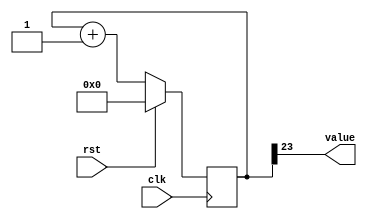
/*
   This file was generated automatically by Alchitry Labs version 1.2.0.
   Do not edit this file directly. Instead edit the original Lucid source.
   This is a temporary file and any changes made to it will be destroyed.
*/

/*
   Parameters:
     SIZE = 1
     DIV = 23
     TOP = 0
     UP = 1
*/
module counter_22 (
    input clk,
    input rst,
    output reg [0:0] value
  );
  
  localparam SIZE = 1'h1;
  localparam DIV = 5'h17;
  localparam TOP = 1'h0;
  localparam UP = 1'h1;
  
  
  reg [23:0] M_ctr_d, M_ctr_q = 1'h0;
  
  localparam MAX_VALUE = 24'h7fffff;
  
  always @* begin
    M_ctr_d = M_ctr_q;
    
    value = M_ctr_q[23+0-:1];
    if (1'h1) begin
      M_ctr_d = M_ctr_q + 1'h1;
      if (1'h0 && M_ctr_q == 24'h7fffff) begin
        M_ctr_d = 1'h0;
      end
    end else begin
      M_ctr_d = M_ctr_q - 1'h1;
      if (1'h0 && M_ctr_q == 1'h0) begin
        M_ctr_d = 24'h7fffff;
      end
    end
  end
  
  always @(posedge clk) begin
    if (rst == 1'b1) begin
      M_ctr_q <= 1'h0;
    end else begin
      M_ctr_q <= M_ctr_d;
    end
  end
  
endmodule